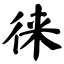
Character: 徕